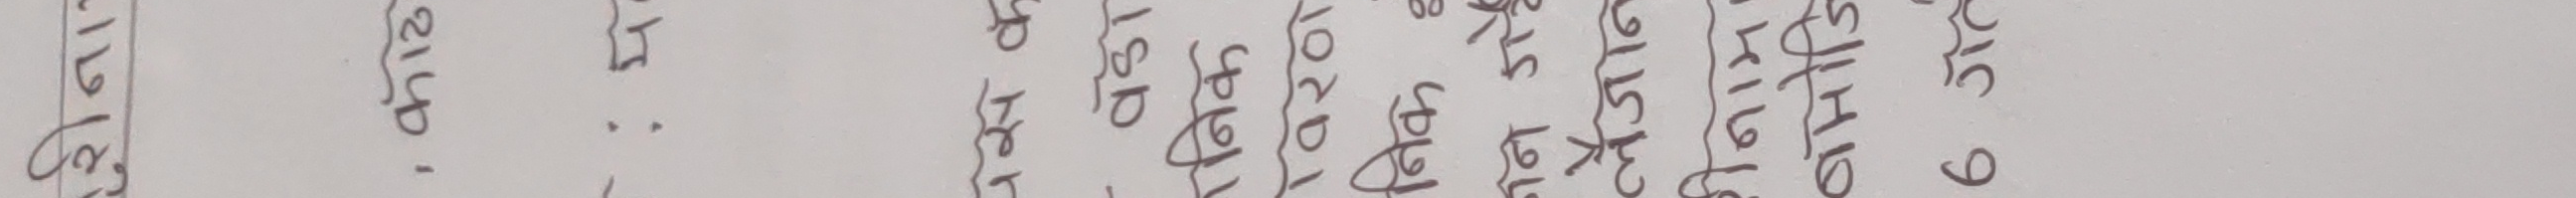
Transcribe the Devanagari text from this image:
९ २०७९ असोज १६ गते १२ सि. हस्ताक्षर